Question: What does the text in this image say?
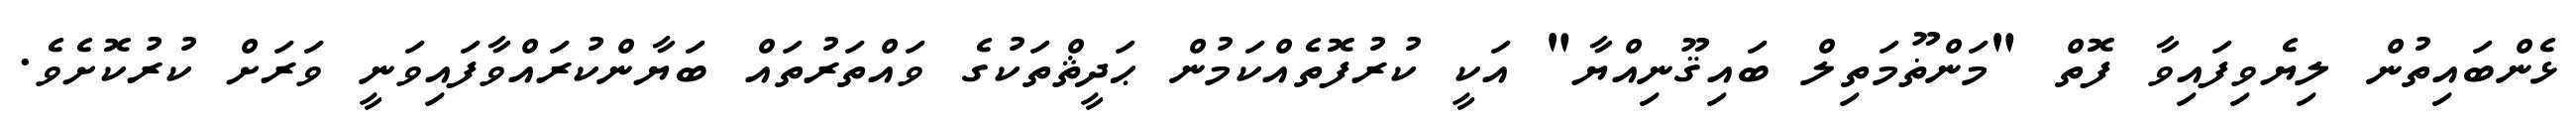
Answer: ޅެންބައިތުން ލިޔެވިފައިވާ ފޮތް "މަންޡޫމަތިލް ބައިޤޫނިއްޔާ" އަކީ ކުރުފޮތެއްކަމުން ޙަދީޘްތަކުގެ ވައްތަރުތައް ބަޔާންކުރައްވާފައިވަނީ ވަރަށް ކުރުކޮށެވެ.